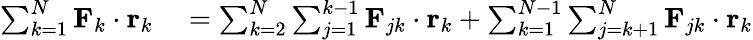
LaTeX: \begin{array}{rl}{\sum_{k=1}^{N}\mathbf{F}_{k}\cdot\mathbf{r}_{k}}&{{}=\sum_{k=2}^{N}\sum_{j=1}^{k-1}\mathbf{F}_{jk}\cdot\mathbf{r}_{k}+\sum_{k=1}^{N-1}\sum_{j=k+1}^{N}\mathbf{F}_{jk}\cdot\mathbf{r}_{k}}\end{array}